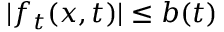
| f _ { t } ( x , t ) | \leq b ( t )